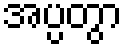
အပ္ပတွာ